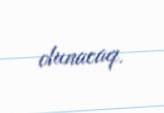
olunacaq.